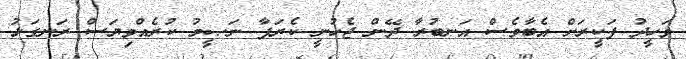
ވަހީދު ފަކީރަށް އެބާވެސް އަނބުރާ ދޭން ޖެހުނީ ކެރަފާ ނަޞީމު ކުރެއްވިޔަސް ރަނގަޅު